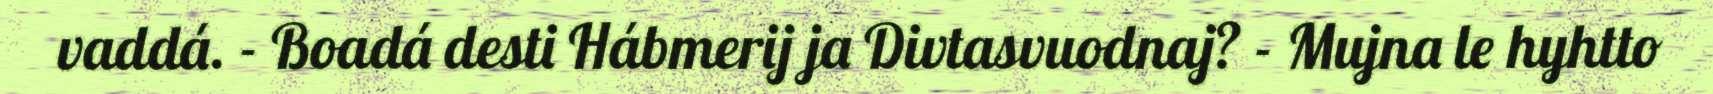
vaddá. - Boadá desti Hábmerij ja Divtasvuodnaj? - Mujna le hyhtto